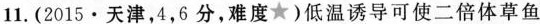
11.(2015·天津，4，6分，难度★)低温诱导可使二倍体草鱼